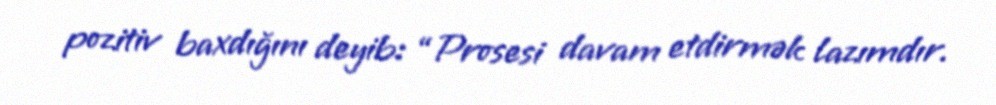
pozitiv baxdığını deyib: “Prosesi davam etdirmək lazımdır.